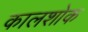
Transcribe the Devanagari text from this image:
कालशोक